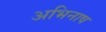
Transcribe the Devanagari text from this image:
अभिनाष